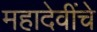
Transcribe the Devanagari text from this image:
महादेवींचे